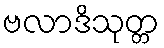
ဗလာဒိသုတ္တ